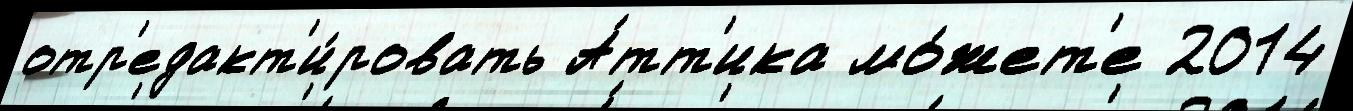
отр'едакт'и́ровать А́тт'ика мо́жет'е 2014